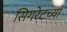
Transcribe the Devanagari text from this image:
सिगरेटच्या